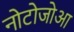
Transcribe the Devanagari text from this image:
नोटोजोआ